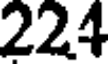
224